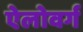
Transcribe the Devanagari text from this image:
ऐलोवर्ग